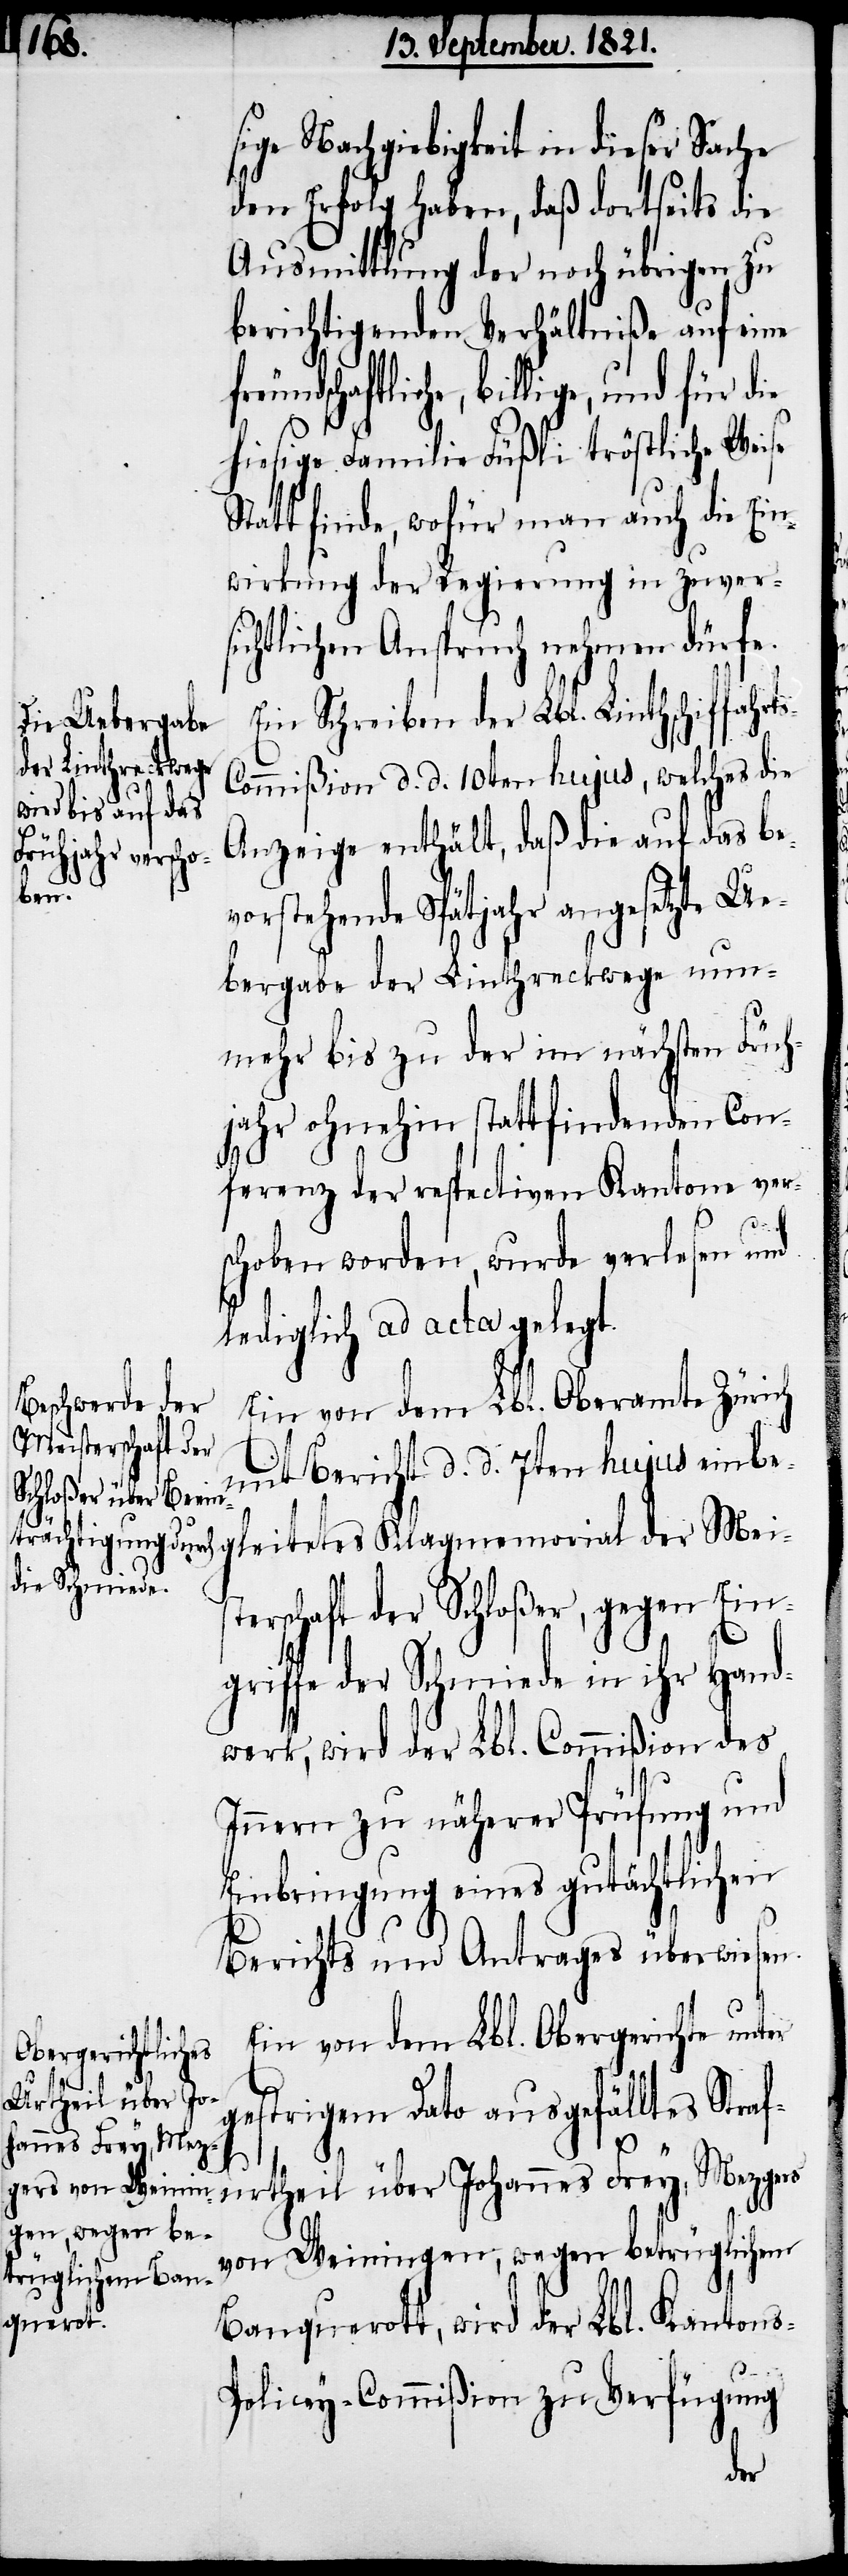
sige Nachgiebigkeit in dieser Sache
den Erfolg haben, daß dortseits die
Ausmittlung der noch übrigen zu
berichtigenden Verhältniße auf eine
reundschaftliche, billige, und
hiesige Familie Füßli tröstliche Weise
Statt finde, wofür man auch die Ein¬
wirkung der Regierung in zuvers¬
ichtlichen Anspruch nehmen dürfe.
Ein Schreiben der Lbl. Linthschiffahrt¬
ommißion d. d. 10ten hujus, welches die
Anzeige enthält, daß die auf das bev¬
orstehende Spätjahr angesetzte Ue¬
bergabe der Linthreckwege nun¬
mehr bis zu der im nächsten Früh¬
jahr ohnehin statt findenden Con¬
ferenz der respectiven Kantone ver¬
s-P¬
schoben worden, wurde verlesen und
lediglich ad acta gelegt.
Ein von dem Lbl. Oberamte Zürich
mit Bericht d. d. 7ten hujus einbe¬
gleitetes Klagememorial der Mei¬
erschaft der Schloßer, wegen Ein¬
griffe der Schmiede in ihr Hand¬
werk, wird der Lbl. Commißion des
Innern zu näherer Prüfung und
Einbringung eines gutächtlichen
Berichts und Antrages überwiesen.
Ein von dem Lbl. Obergerichte unter
urtheil über Jo¬
gestrigem Dato ausgefälltes Straf¬
hannes Frey, Mez¬
von Weiningen, wegen betrügerischem
Banquerott, wird der Lbl. Kanton¬
olicey-Commißion zu Verfügung